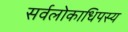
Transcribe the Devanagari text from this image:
सर्वलोकाधिपस्य